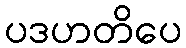
ပဒဟတိပေ